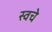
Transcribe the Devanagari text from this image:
स्वचे